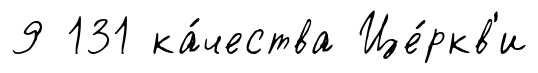
9 131 ка́чества Це́ркв'и